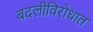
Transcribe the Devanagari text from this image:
बदलीविरोधात